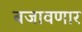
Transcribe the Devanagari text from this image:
बजावणार